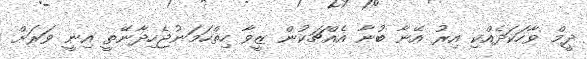
ދީމް ވާހަކަދެއްކި އިރު އޭނާ ބުނާ އެއްޗަކުން ޒީވާ ހިތްހަމަނުޖެހިދާނޭތީ އިނީ ވަރަށް